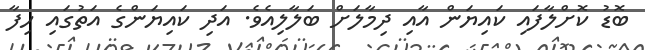
ބޮޑު ކޮށްލާފައި ކައިޔަން އާއި ދިމާލަށް ބަލާލިއެވެ. އަދި ކައިޔަންގެ އަތުގައި ހިފާ